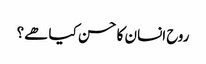
روح انسان کا حسن کیا ھے؟